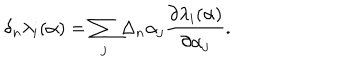
\delta _ { n } \lambda _ { i } ( \alpha ) = \sum _ { j } \Delta _ { n } \alpha _ { j } { \frac { \partial \lambda _ { i } ( \alpha ) } { \partial \alpha _ { j } } } .